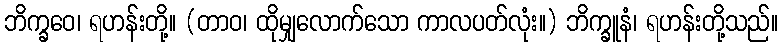
ဘိက္ခဝေ၊ ရဟန်းတို့။ (တာဝ၊ ထိုမျှလောက်သော ကာလပတ်လုံး။) ဘိက္ခူနံ၊ ရဟန်းတို့သည်။